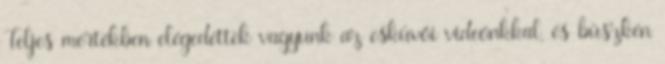
Teljes mértékben elégedettek vagyunk az esküvői videónkkal, és büszkén